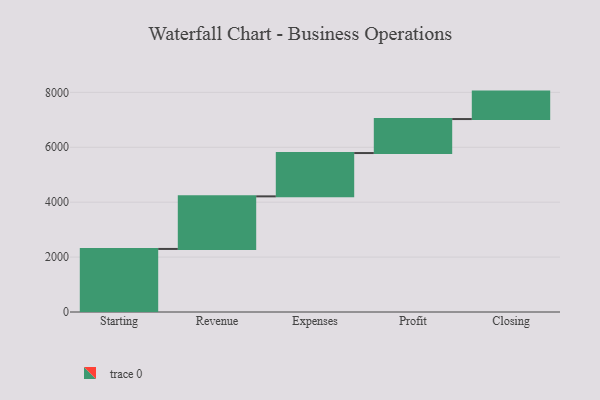
{"axis": {"x": "Step", "y": "Value"}, "legend": [""], "data": [{"x": "Starting", "y": 2297.0, "type": ""}, {"x": "Revenue", "y": 1915.0, "type": ""}, {"x": "Expenses", "y": 1578.0, "type": ""}, {"x": "Profit", "y": 1238.0, "type": ""}, {"x": "Closing", "y": 1000, "type": ""}]}